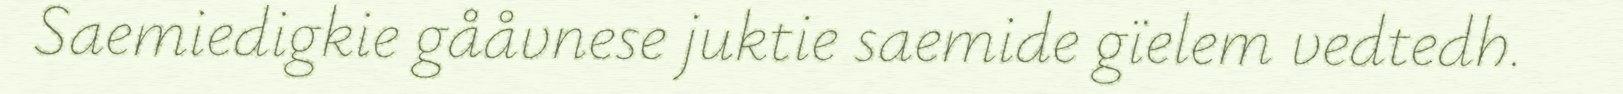
Saemiedigkie gååvnese juktie saemide gïelem vedtedh.